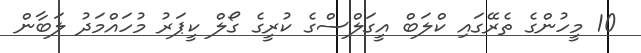
10 މީހުންގެ ތެރޭގައި ކްލަބް އީގަލްސްގެ ކުރީގެ ގޯލް ކީޕަރު މުހައްމަދު ލަބާން